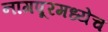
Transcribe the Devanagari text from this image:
नागपूरमध्येच